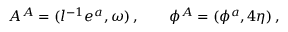
A ^ { A } = ( l ^ { - 1 } e ^ { a } , \omega ) \, , \qquad \phi ^ { A } = ( \phi ^ { a } , 4 \eta ) \, ,